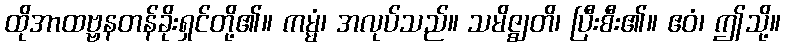
ထိုအာထဗ္ဗနတန်ခိုးရှင်တို့၏။ ကမ္မံ၊ အလုပ်သည်။ သမိဇ္ဈတိ၊ ပြီးစီး၏။ ဧဝံ၊ ဤသို့။